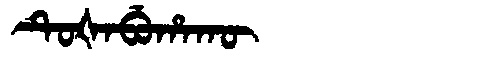
Manchu: ᡨᡠᡧᠠᠪᡠᡥᠠᡴᡡ
Romanization: TUŠABUHAKŪ